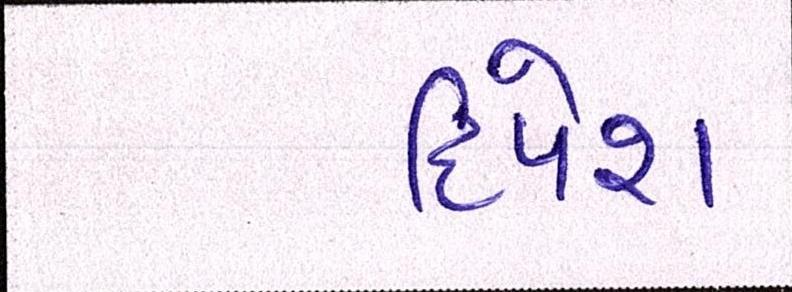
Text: દિપેશ